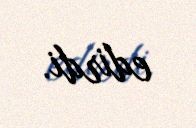
edirdi.